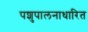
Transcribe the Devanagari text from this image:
पशुपालनाधारित